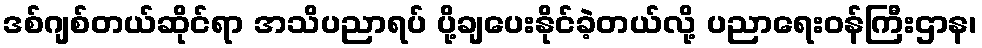
ဒစ်ဂျစ်တယ်ဆိုင်ရာ အသိပညာရပ် ပို့ချပေးနိုင်ခဲ့တယ်လို့ ပညာရေးဝန်ကြီးဌာန၊